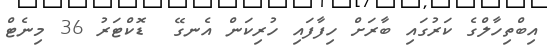
އިބްތިހާލްގެ ކަރުގައި ބާރަށް ހިފާފައި ހުރިކަން އެނގޭ  ޑޮކްޓަރު 36 މިނެޓް